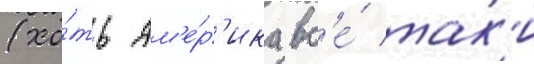
(хо́ть ам'е́р'ика вс'е́ так'и